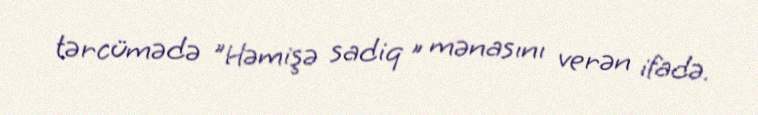
tərcümədə "Həmişə sadiq " mənasını verən ifadə.